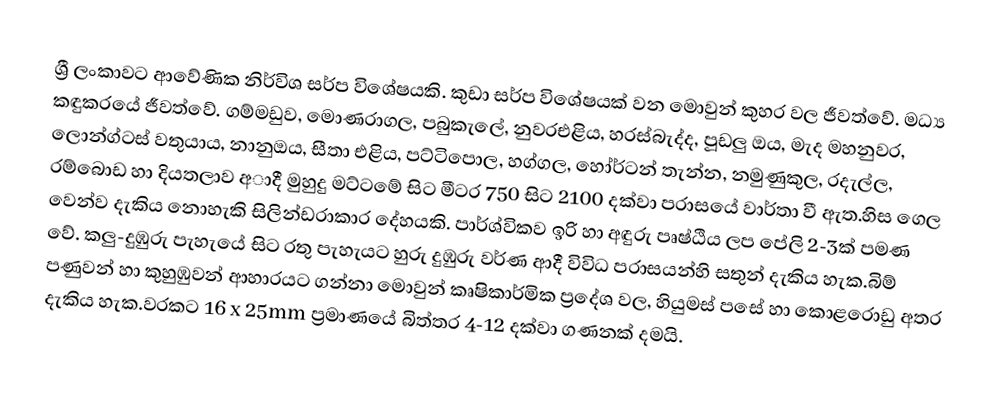
ශ්‍රී ලංකාවට ආවේණික නිර්විශ සර්ප විශේෂයකි. කුඩා සර්ප විශේෂයක් වන මොවුන් කුහර වල ජීවත්වේ. මධ්‍ය කඳුකරයේ ජීවත්වේ. ගම්මඩුව, මොණරාගල, පබුකැලේ, නුවරඑළිය, හරස්බැද්ද, පූඩලු ඔය, මැද මහනුවර, ලොන්ග්ටස් ‍වතුයාය, නානුඔය, සීතා එළිය, පට්ටිපොල, හග්ගල, හෝර්ටන් තැන්න, නමුණුකුල, රදැල්ල, රම්බොඩ හා දියතලාව අාදී මුහුදු මට්ටමේ සිට මීටර 750 සිට 2100 දක්වා පරාසයේ වාර්තා වී ඇත.හිස ගෙල වෙන්ව දැකිය නොහැකි සිලින්ඩරාකාර දේහයකි.  පාර්ශ්විකව ඉරි හා අඳුරු පෘෂ්ඨිය ලප පේලි 2-3ක් පමණ වේ. කලු-දුඹුරු පැහැයේ සිට රතු පැහැයට හුරු දුඹුරු වර්ණ ආදී විවිධ පරාසයන්හි සතුන් දැකිය හැක.බිම් පණුවන් හා කුහුඹුවන් ආහාරයට ගන්නා මොවුන් කෘෂිකාර්මික ප්‍රදේශ වල, හියුමස් පසේ හා කොළරොඩු අතර දැකිය හැක.වරකට 16 x 25mm ප්‍රමාණයේ බිත්තර 4-12 දක්වා ගණනක් දමයි.